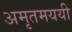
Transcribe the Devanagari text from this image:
अमृतमययी